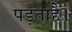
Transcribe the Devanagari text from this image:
पड़ताहै।